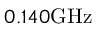
0 . 1 4 0 \mathrm { G H z }